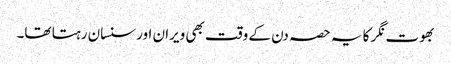
بھوت نگر کا یہ حصہ دن کے وقت بھی ویران اور سنسان رہتا تھا۔